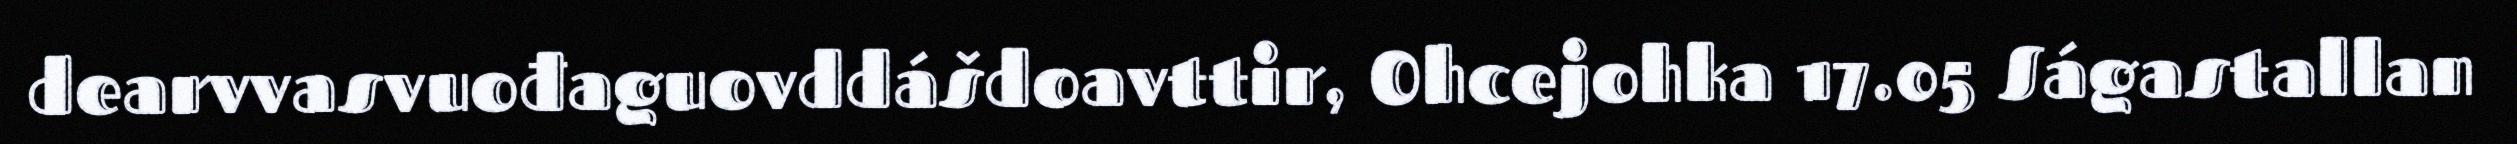
dearvvasvuođaguovddášdoavttir, Ohcejohka 17.05 Ságastallan